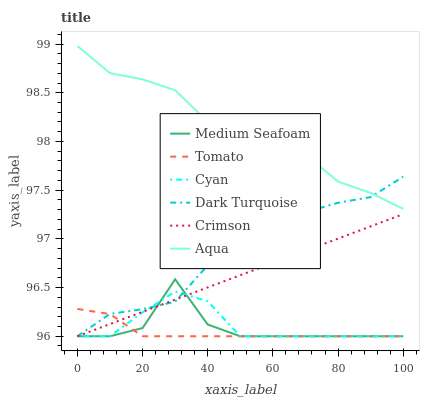
| xaxis_label | Medium Seafoam | Tomato | Cyan | Dark Turquoise | Crimson | Aqua |
 | --- | --- | --- | --- | --- | --- | --- |
 | 0 | 96 | 96.3 | 96 | 96 | 96 | 99 |
 | 10 | 96 | 96.2 | 96 | 96.2 | 96.1 | 98.7 |
 | 20 | 96.1 | 96 | 96.2 | 96.3 | 96.3 | 98.6 |
 | 30 | 96.6 | 96 | 96.5 | 96.4 | 96.4 | 98.5 |
 | 40 | 96.1 | 96 | 96.4 | 96.7 | 96.5 | 98.2 |
 | 50 | 96 | 96 | 96 | 96.9 | 96.6 | 98 |
 | 60 | 96 | 96 | 96 | 96.9 | 96.8 | 98.1 |
 | 70 | 96 | 96 | 96 | 97.3 | 96.9 | 97.9 |
 | 80 | 96 | 96 | 96 | 97.4 | 97 | 97.6 |
 | 90 | 96 | 96 | 96 | 97.4 | 97.1 | 97.5 |
 | 100 | 96 | 96 | 96 | 97.6 | 97.3 | 97.3 |